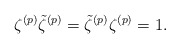
\begin{align*}\zeta^{(p)} \tilde{\zeta}^{(p)} = \tilde{\zeta}^{(p)} \zeta^{(p)} = 1.\end{align*}